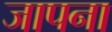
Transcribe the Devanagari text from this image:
जापना